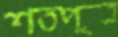
শতপুত্র